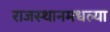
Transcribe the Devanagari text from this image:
राजस्थानमधल्या